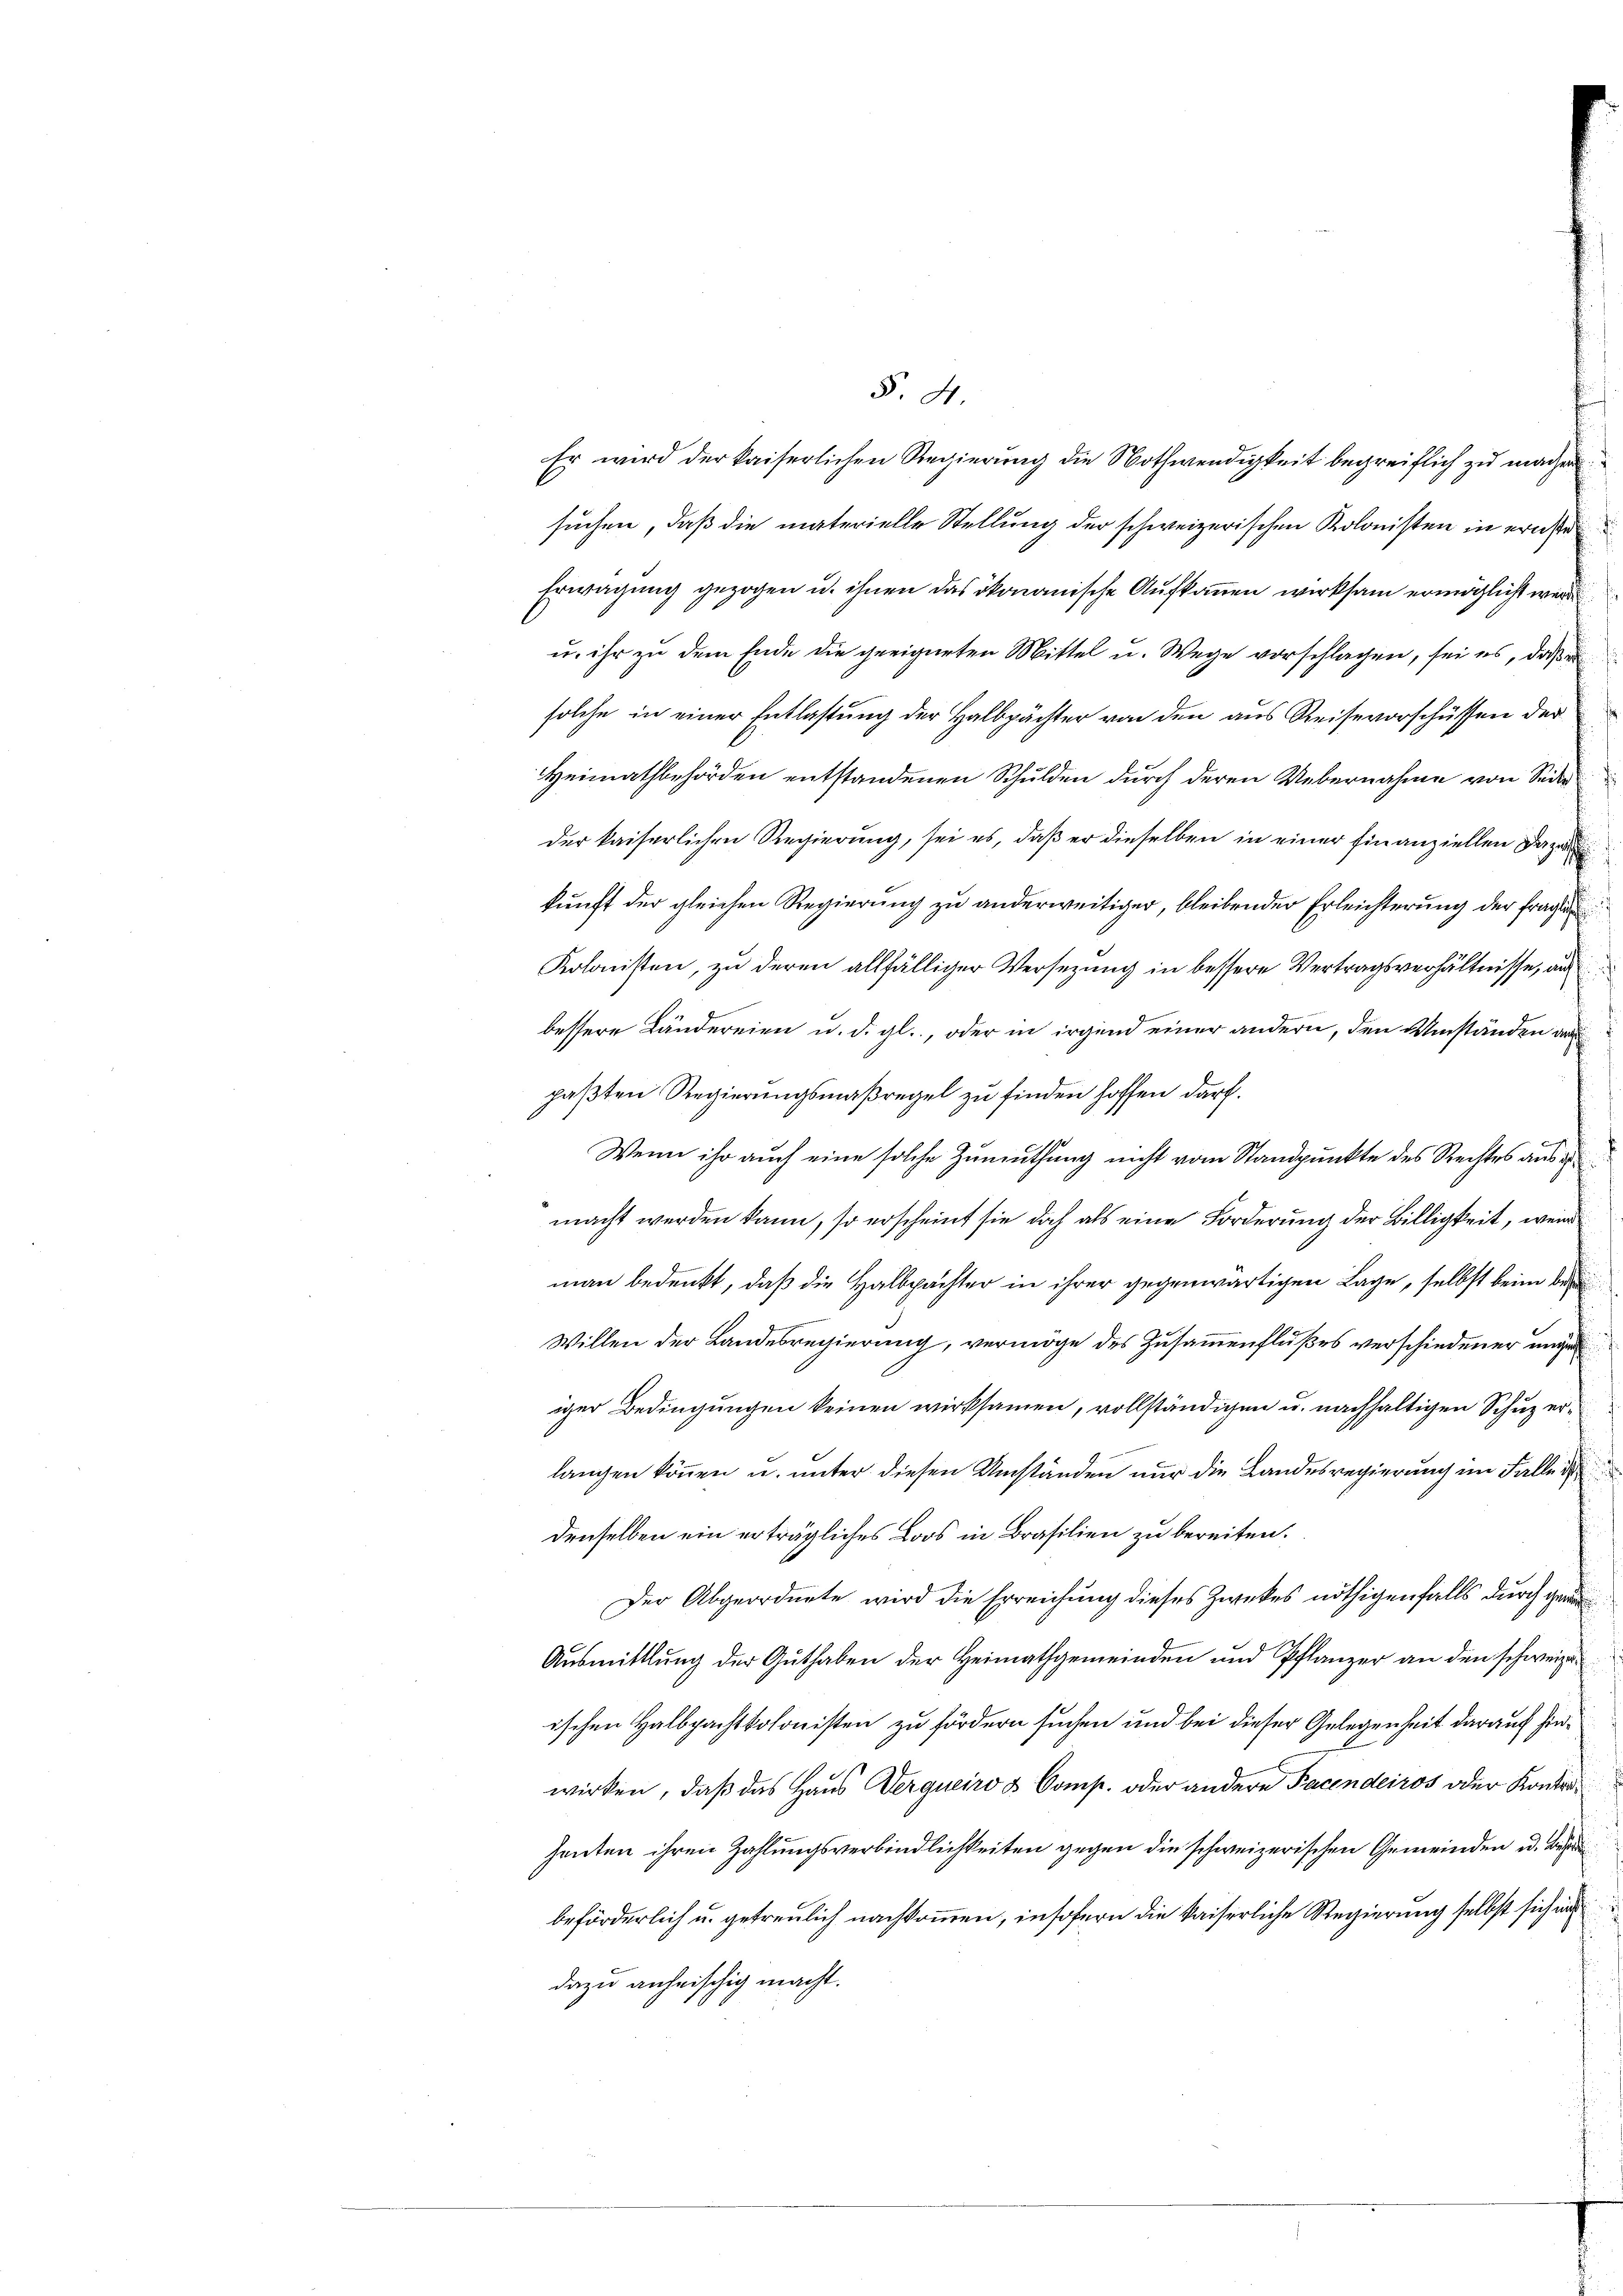
Er wird der kaiserlichen Regierung die Nothwendigkeit begreiflich zu machen
suchen, daß die materielle Stellung der schweizerischen Kolonisten in ernste
Erwägung gezogen u. ihnen das ökonomische Aufkommen wirksam ermöglicht werde
u. ihr zu dem Ende die geeigneten Mittel u. Wege vorschlagen, sei es, das
solche in einer Entlastung der Halbpächter von den aus Reisevorschüssen der
Heimathbehörden entstandenen Schulden durch deren Uebernahme von Seider kaiserlichen Regierung, sei es, daß er dieselben in einer Einanziellen Dazu
kunft der gleichen Regierung zu anderweitiger, bleibender Erleichterung der frage
Kolonisten, zu deren allfälliger Versezung in bessere Vertragsverhältnisse, au
bessere Ländereien u. d. gl., oder in irgend einer andern, den Umständen an
paßten Regierungsmaßregel zu finden hoffen darf.
Wenn ihr auch eine solche Zumuthung nicht vom Standpunkte des Rechtes aus d
macht werden kann, so erscheint sie doch als eine Forderung der Billigkeit, wenn
man bedenkt, daß die Halbpachter in ihrer gegenwärtigen Lage, selbst beim bei
Willen der Landesregierung, vermöge des Zusammenflußes verschiedener ungen
iger Bedingungen keinen wirksamen, vollständigen u. nachhaltigen Schuz erlangen können u. unter diesen Umständen nur die Landesregierung im Falle i
denselben ein erträgliches Loos in Brasilien zu bereiten.
Der Abgeordnete wird die Erreichung dieses Zweckes nöthigenfalls durch gan
Ausmittlung der Guthaben der Heimathgemeinden und Pflanzer an den schweize
ischen Halbpachtkolonisten zu fördern suchen und bei dieser Gelegenheit darauf hinwirken, daß das Haus Derqueiro & Comp. oder andere Facendeiros oder Kontraheuten ihren Zahlungsverbindlichkeiten gegen die schweizerischen Gemeinden u. Bes
beförderlich u. getreulich nachkommen, insofern die kaiserliche Regierung selbst sich in
dazu anheischig macht.

§. 4.